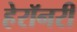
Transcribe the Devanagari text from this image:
हेरॉनरी